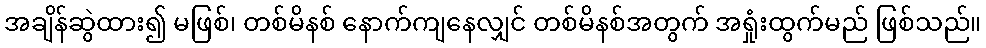
အချိန်ဆွဲထား၍ မဖြစ်၊ တစ်မိနစ် နောက်ကျနေလျှင် တစ်မိနစ်အတွက် အရှုံးထွက်မည် ဖြစ်သည်။